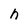
Character: h